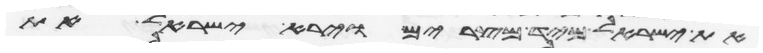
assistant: את ישראל מיד מצרים וירא ישראל את